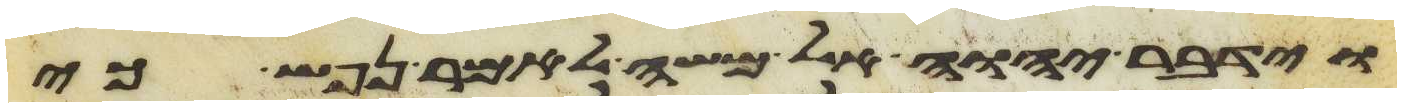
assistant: וידבר יהוה אל משה לאמר נפש כי